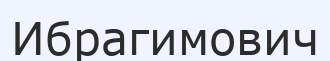
Ибрагимович